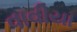
વાવીયા